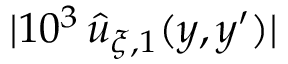
| 1 0 ^ { 3 } \, \widehat { u } _ { \xi , 1 } ( y , y ^ { \prime } ) |